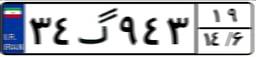
۳۴گ۹۴۳۱۹